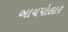
બાયપોલાર